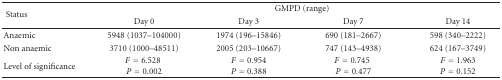
<table><thead><tr><td rowspan="2"><b> Status</b></td><td colspan="4"><b>GMPD (range)</b></td></tr><tr><td><b> Day 0</b></td><td><b> Day 3</b></td><td><b> Day 7</b></td><td><b> Day 14</b></td></tr></thead><tbody><tr><td>Anaemic</td><td>5948 (1037–104000)</td><td>1974 (196–15846)</td><td>690 (181–2667)</td><td>598 (340–2222)</td></tr><tr><td>Non anaemic</td><td>3710 (1000–48511)</td><td>2005 (203–10667)</td><td>747 (143–4938)</td><td>624 (167–3749)</td></tr><tr><td> Level of significance</td><td><i>F</i> = 6.528<i>P</i> = 0.002</td><td><i>F</i> = 0.954<i>P</i> = 0.388</td><td><i>F</i> = 0.745<i>P</i> = 0.477</td><td><i>F</i> = 1.963<i>P</i> = 0.152</td></tr></tbody></table>